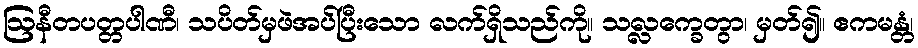
ဩနီတပတ္တပါဏီ၊ သပိတ်မှဖဲအပ်ပြီးသော လက်ရှိသည်ကို။ သလ္လက္ခေတွာ၊ မှတ်၍။ ဧကမန္တံ၊